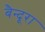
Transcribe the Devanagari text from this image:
बैन्दूरा